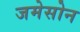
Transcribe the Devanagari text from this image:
जमेसोन